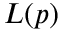
L ( p )